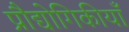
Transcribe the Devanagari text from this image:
प्रौद्योगिकीयाँ